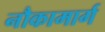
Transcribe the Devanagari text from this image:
नौकामार्ग